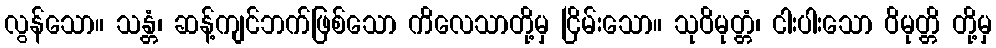
လွန်သော။ သန္တံ၊ ဆန့်ကျင်ဘက်ဖြစ်သော ကိလေသာတို့မှ ငြိမ်းသော။ သုဝိမုတ္တံ၊ ငါးပါးသော ဝိမုတ္တိ တို့မှ